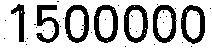
1500000